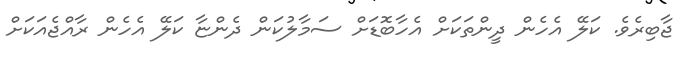
ޖާބިރެވެ. ކަލޭ އެހެން ދީންތަކަށް އެހާބޮޑަށް ސަމާލުކަން ދެންޏާ ކަލޭ އެހެން ރާއްޖެއަކަށް